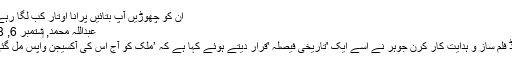
اُن کو چھوڑیں آپ بتائیں پُرانا اوتار کب لگا رہے ہیں-
عبداللہ محمد, ‏ستمبر 6, 2018
بالی وڈ فلم ساز و ہدایت کار کرن جوہر نے اسے ایک 'تاریخی فیصلہ 'قرار دیتے ہوئے کہا ہے کہ ’ملک کو آج اس کی آکسیجن واپس مل گئی ہے۔